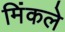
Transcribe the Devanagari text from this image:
मिंकले